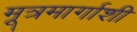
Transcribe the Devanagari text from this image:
मूत्रमार्गाशी